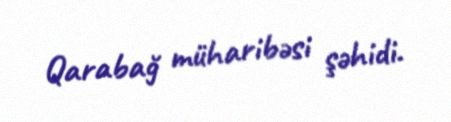
Qarabağ müharibəsi şəhidi.